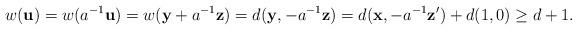
LaTeX: \begin{align*}w(\mathbf{u})=w(a^{-1}\mathbf{u})=w(\mathbf{y}+a^{-1}\mathbf{z})=d(\mathbf{y},-a^{-1}\mathbf{z})=d(\mathbf{x},-a^{-1}\mathbf{z'})+d(1,0) \geq d+1.\end{align*}